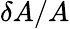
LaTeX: \delta A/A